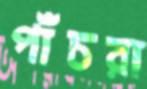
পাঁচরা